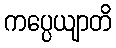
ကပ္ပေယျာတိ